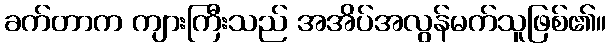
ခက်တာက ကျားကြီးသည် အအိပ်အလွန်မက်သူဖြစ်၏။